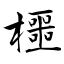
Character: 櫮